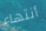
أنتهاء